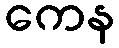
ကေန